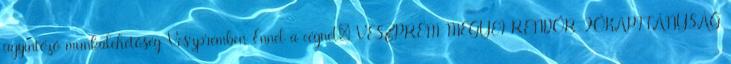
ügyintéző munkalehetőség Veszprémben Ennél a cégnél: VESZPRÉM MEGYEI RENDŐR-FŐKAPITÁNYSÁG